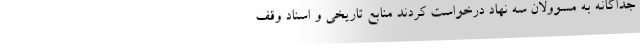
جداگانه به مسوولان سه نهاد درخواست کردند منابع تاریخی و اسناد وقف